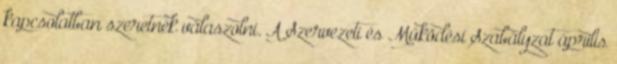
kapcsolatban szeretnék válaszolni. A Szervezeti és Működési Szabályzat április